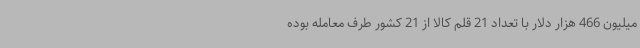
میلیون 466 هزار دلار با تعداد 21 قلم کالا از 21 کشور طرف معامله بوده